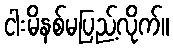
ငါးမိနစ်မပြည့်လိုက်။